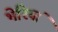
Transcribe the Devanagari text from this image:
भेरियां